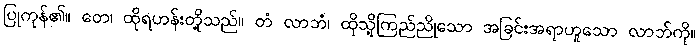
ပြုကုန်၏။ တေ၊ ထိုရဟန်းတို့သည်။ တံ လာဘံ၊ ထိုသို့ကြည်ညိုသော အခြင်းအရာဟူသော လာဘ်ကို။